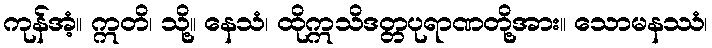
ကုန်အံ့။ ဣတိ၊ သို့။ နေသံ၊ ထိုဣသိဒတ္တပုရာဏတို့အား။ သောမနဿံ၊